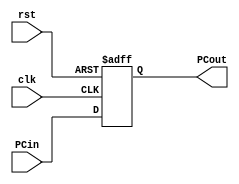
// Program Counter

module PC (	clk, 
		rst,
		PCin, 
		PCout
		);
	
	parameter bit_size = 18;
	
	input  clk, rst;
	input  [bit_size-1:0] PCin;
	output [bit_size-1:0] PCout;	   
	
	// write your code in here
	reg [bit_size-1:0] PCout;	 

	always@(posedge clk or posedge rst)
	begin
		if(rst)
		begin
			PCout <= 18'd0;
		end
		else
		begin
			PCout <= PCin;
		end
	end
		   
endmodule